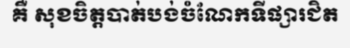
គឺ សុខចិត្តបាត់បង់ចំណែកទីផ្សារជិត